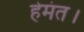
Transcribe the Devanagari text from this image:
हेमंत।